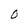
Character: O